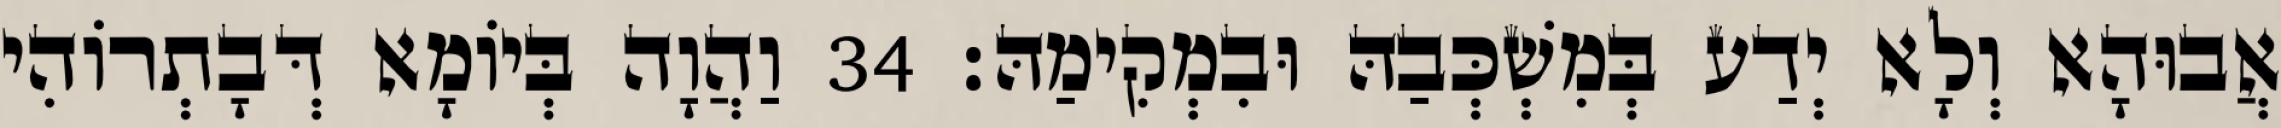
אֲבוּהָא וְלָא יְדַע בְּמִשְׁכְּבַהּ וּבִמְקִימַהּ׃ 34 וַהֲוָה בְּיוֹמָא דְּבָתְרוֹהִי